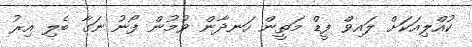
ކުއްލިއަކަށް ލައިވް ފީޑް މަތީން ހަނދާން ވުމުން ފޯނު ނަގާ ބެލި އިރު